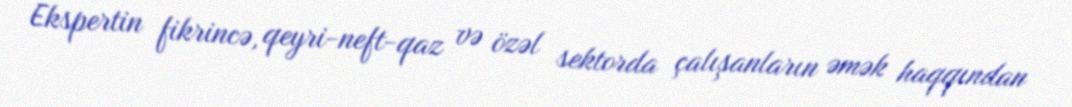
Ekspertin fikrincə, qeyri-neft-qaz və özəl sektorda çalışanların əmək haqqından